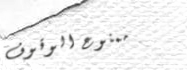
ممنوع الوقوف